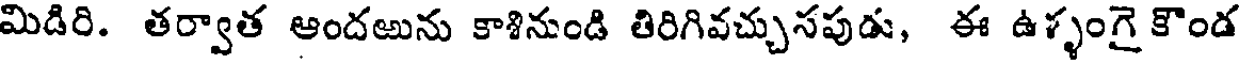
మిడిరి. తర్వాత ఆందఱును కాశినుండి తిరిగివచ్చుసపుడు, ఈ ఉళ్ళంగై కౌండ